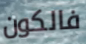
فالكون